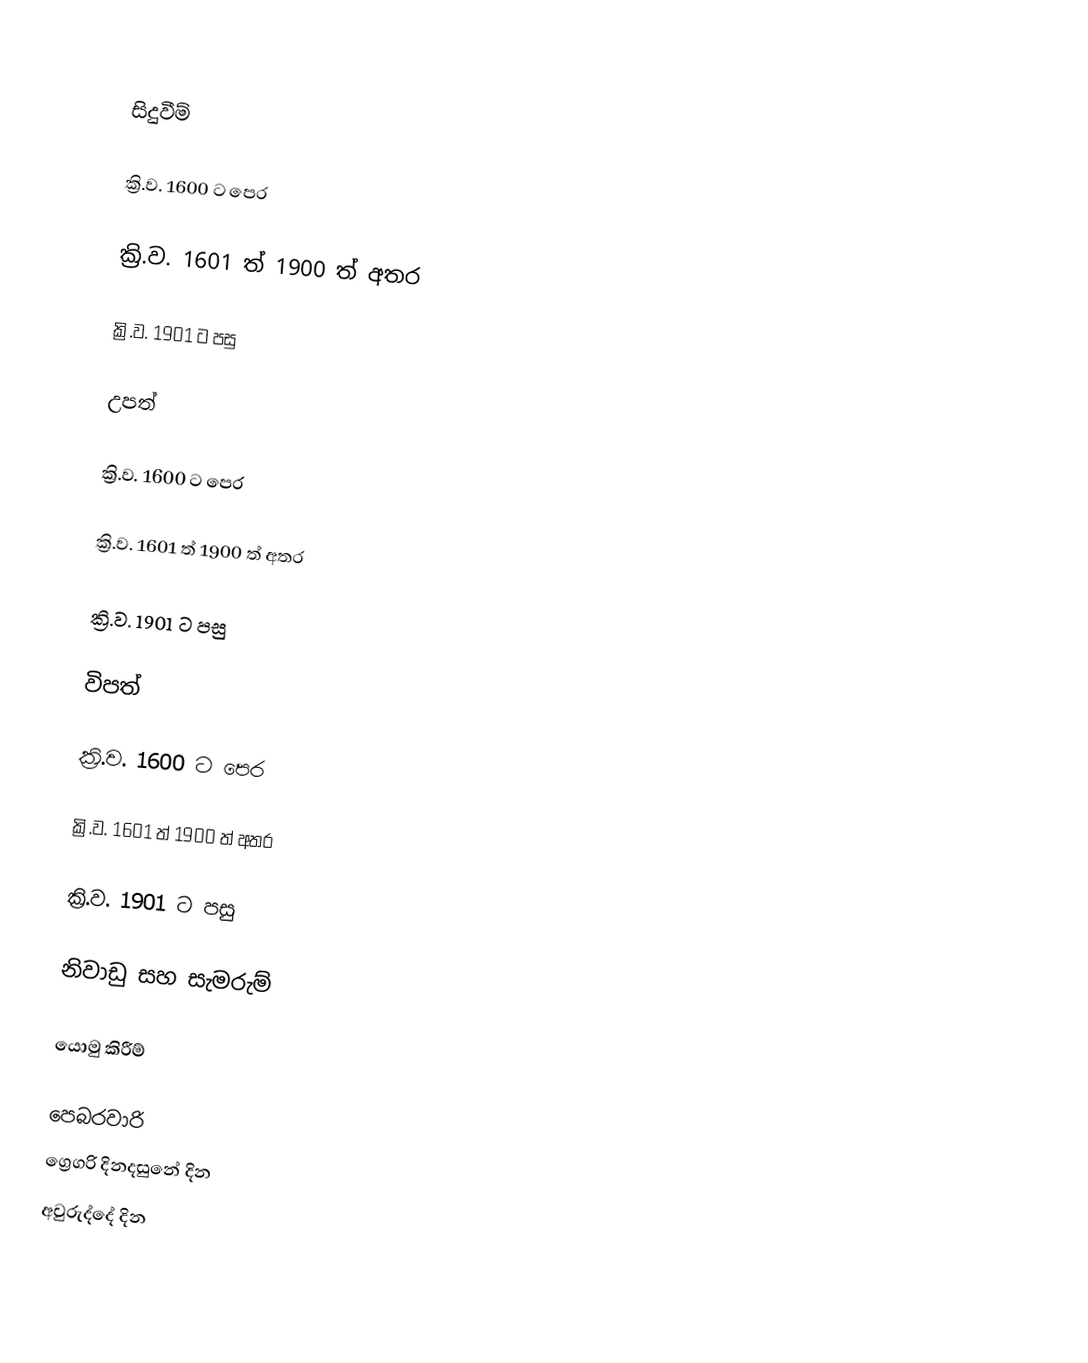

සිදුවීම්

ක්‍රි.ව. 1600 ට පෙර

ක්‍රි.ව. 1601 ත් 1900 ත් අතර

ක්‍රි.ව. 1901 ට පසු

උපත්

ක්‍රි.ව. 1600 ට පෙර

ක්‍රි.ව. 1601 ත් 1900 ත් අතර

ක්‍රි.ව. 1901 ට පසු

විපත්

ක්‍රි.ව. 1600 ට පෙර

ක්‍රි.ව. 1601 ත් 1900 ත් අතර

ක්‍රි.ව. 1901 ට පසු

නිවාඩු සහ සැමරුම්

යොමු කිරීම්

පෙබරවාරි
ග්‍රෙගරි දිනදසුනේ දින
අවුරුද්දේ දින